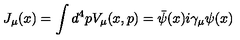
J _ { \mu } ( x ) = \int d ^ { 4 } p V _ { \mu } ( x , p ) = { \bar { \psi } } ( x ) i \gamma _ { \mu } \psi ( x )